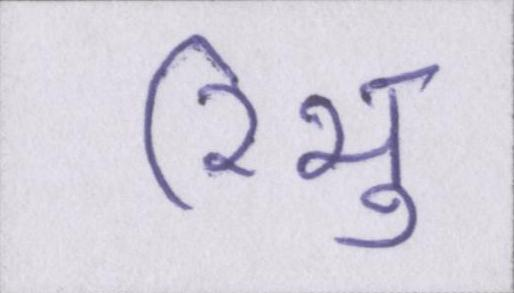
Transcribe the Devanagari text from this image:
रिभु